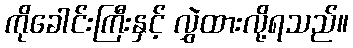
ကိုခေါင်းကြီးနှင့် လွှဲထားလို့ရသည်။